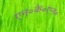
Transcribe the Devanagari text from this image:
एन॰के॰एन॰